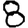
Digit: 8